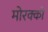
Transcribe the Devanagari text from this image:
मोरक्को